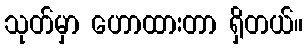
သုတ်မှာ ဟောထားတာ ရှိတယ်။